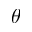
\theta